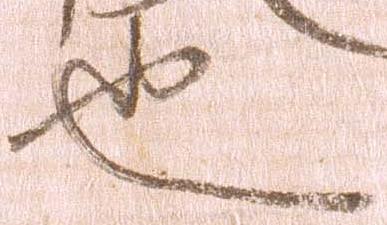
也